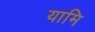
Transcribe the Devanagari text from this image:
यामि